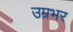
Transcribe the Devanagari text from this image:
उम्रभर